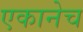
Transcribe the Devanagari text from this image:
एकानेच